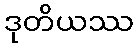
ဒုတိယဿ